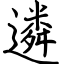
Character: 遴